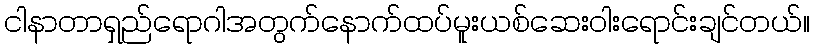
ငါနာတာရှည်ရောဂါအတွက်နောက်ထပ်မူးယစ်ဆေးဝါးရောင်းချင်တယ်။